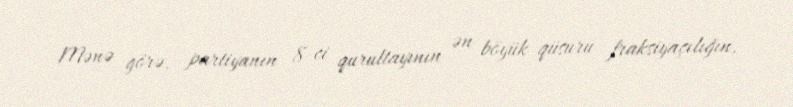
Mənə görə, partiyanın 8-ci qurultayının ən böyük qüsuru fraksiyaçılığın,